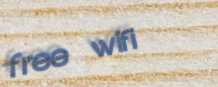
free wifi